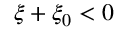
\xi + \xi _ { 0 } < 0